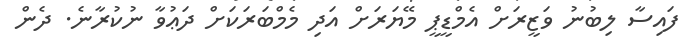
ފައިސާ ލިބުނު ވަޒީރަށް އެމްޑީޕީ މޭޔަރަށް އަދި މެމްބަރަކަށް ދަޢުވާ ނުކުރާނެ. ދެން